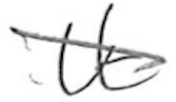
Text: It
Cross-out: diagonal
Writing tool: pencil